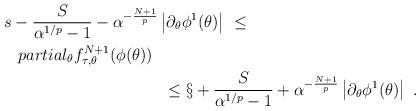
LaTeX: \begin{align*} s-\frac{S}{\alpha^{1/p}-1}-\alpha^{-\frac{N+1}{p}} &\left|\partial_\theta\phi^1(\theta)\right| \ \leq \\partial_\theta f_{\tau,\theta}^{N+1}(\phi(\theta))\ \\ & \ \leq \S+\frac{S}{\alpha^{1/p}-1}+\alpha^{-\frac{N+1}{p}}\left|\partial_\theta\phi^1(\theta)\right|\ .\end{align*}